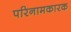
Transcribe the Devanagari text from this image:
परिनामकारक